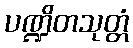
ပဏ္ဍိတသုတ္တံ